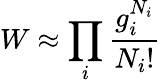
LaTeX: W\approx\prod_{i}{\frac{g_{i}^{N_{i}}}{N_{i}!}}